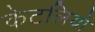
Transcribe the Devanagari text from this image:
केटलियों